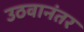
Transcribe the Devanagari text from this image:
उठवानंतर